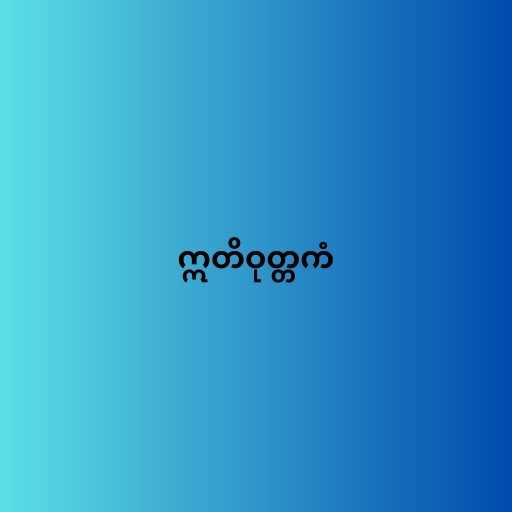
ဣတိဝုတ္တကံ